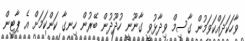
ވާހަކަދައްކަވަމުން ގާސިމް ވިދާޅުވީ ގާނޫނީ ހުދޫދުން ބޭރުން ހިނގާ ކަންކަމަށް އެ ޕާޓީން